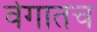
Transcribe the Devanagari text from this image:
वेगातच